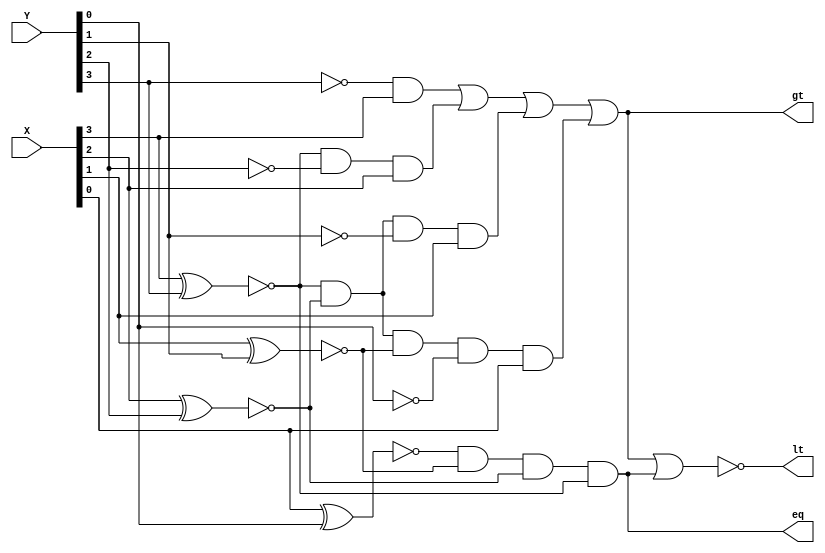
`timescale 1ns / 1ps
//////////////////////////////////////////////////////////////////////////////////
// Company: 
// Engineer: 
// 
// Design Name: 
// Module Name: comparator_4bit
// Project Name: 
// Target Devices: 
// Tool Versions: 
// Description: 
// 
// Dependencies: 
// 
// Revision:
// Revision 0.01 - File Created
// Additional Comments:
// 
//////////////////////////////////////////////////////////////////////////////////


module comparator_4bit(X,Y,lt,gt,eq);
input[3:0] X;
input[3:0] Y;
output lt,gt,eq;

wire[9:0] w;
wire[3:0] notY;
wire[3:0] notX;

not NOT0(notY[0],Y[0]);
not NOT1(notY[1],Y[1]);
not NOT2(notY[2],Y[2]);
not NOT3(notY[3],Y[3]);

xnor XOR0(w[0],X[0],Y[0]);
xnor XOR1(w[1],X[1],Y[1]);
xnor XOR2(w[2],X[2],Y[2]);
xnor XOR3(w[3],X[3],Y[3]);

and AND0(eq,w[0],w[1],w[2],w[3]);
and AND1(w[4],notY[3],X[3]);
and AND2(w[5],w[3],notY[2],X[2]);
and AND3(w[6],w[3],w[2],notY[1],X[1]);
and AND4(w[7],w[3],w[2],w[1],notY[0],X[0]);

or OR0(gt,w[4],w[5],w[6],w[7]);
nor NOR0(lt,gt,eq);                         //Less than = Greater NOR Equal

endmodule